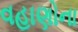
વહાણોના